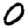
Digit: 0